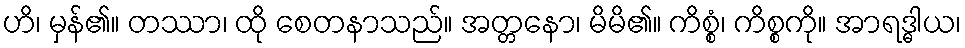
ဟိ၊ မှန်၏။ တဿာ၊ ထို စေတနာသည်။ အတ္တနော၊ မိမိ၏။ ကိစ္စံ၊ ကိစ္စကို။ အာရဒ္ဓါယ၊